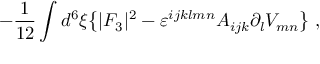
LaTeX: - { \frac { 1 } { 1 2 } } \int d ^ { 6 } \xi \big \{ | { \cal F } _ { 3 } | ^ { 2 } - \varepsilon ^ { i j k l m n } A _ { i j k } \partial _ { l } V _ { m n } \big \} \ ,